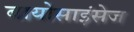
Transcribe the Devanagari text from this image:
बायोसाइंसेज